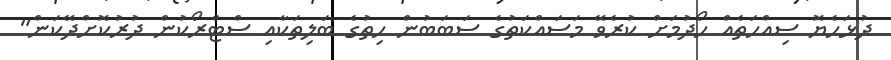
ދުޅަހެޔޮ ސިއްހަތެއް ހޯދުމަށް ކުރެވޭ މަސައްކަތުގެ ސަބަބުން ހިތުގެ ބަލިތަކާއި ސްޓްރޯކުން ދުރުކޮށްދޭކަން"